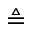
\triangleq